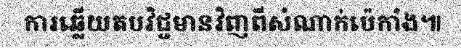
ការឆ្លើយតបវិជ្ជមានវិញពីសំណាក់ប៉េកាំង៕